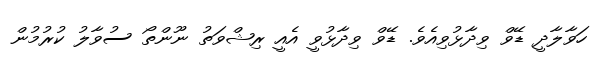
ހަވާލާދީ ޑޭވް ވިދާޅުވިއެވެ. ޑޭވް ވިދާޅުވީ އެއީ ރިޝްވަތު ނޫންތޯ ސުވާލު ކުރުމުން